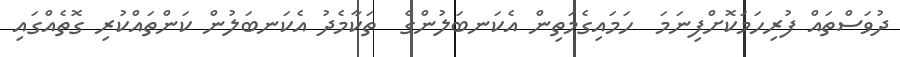
ދުވަސްތައް ފުރިހަމަކޮށްފިނަމަ  ހަމައިގެމަތިން އެކަނބަލުންގެ  ތަކާމެދު އެކަނބަލުން ކަންތައްކުރި ގޮތެއްގައި